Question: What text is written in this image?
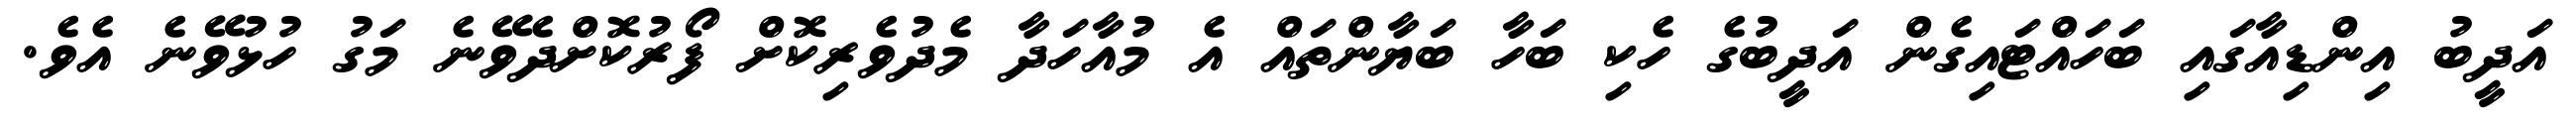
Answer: އަދީބު އިންޑިއާގައި ބަހައްޓައިގެން އަދީބުގެ ހެކި ބަހާ ބަޔާންތައް އެ މުއާހަދާ މެދުވެރިކޮށް ފޯރުކޮށްދެވޭނެ މަގު ހުޅުވޭނެ އެވެ.